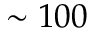
\sim 1 0 0